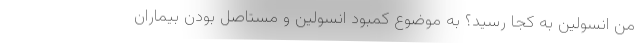
من انسولین به کجا رسید؟ به موضوع کمبود انسولین و مستاصل بودن بیماران